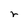
Character: r